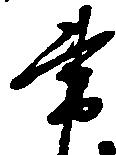
書